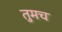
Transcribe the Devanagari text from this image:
तुमच